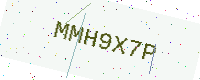
Text: MMH9X7P